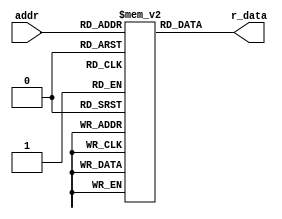
module uP_ROM
  #(
    parameter DATA_MAX_WIDTH = 29,
    parameter ADDR_WIDTH = 8
  ) (
    input wire [ADDR_WIDTH-1:0] addr,
    output wire [DATA_MAX_WIDTH-1:0] r_data
  );

  reg [DATA_MAX_WIDTH-1:0] u_ROM [0:2**ADDR_WIDTH-1];

  assign r_data = u_ROM[addr];

  initial begin
    //FETCH
    u_ROM[0] = 29'b00000010000001000000010110100;
    u_ROM[1] = 29'b00000000000001000000010000000;
    u_ROM[2] = 29'b01100000000010100000010000000;
    u_ROM[3] = 29'b00000000000000010001011000000;
    u_ROM[4] = 29'b00000000000000101000010000000;
    u_ROM[5] = 29'b01100010000010000011111000000;
    u_ROM[6] = 29'b00000000000000000000000000000;
    u_ROM[7] = 29'b00000000000000000000000000000;
	 //MOV A,ACC
	 u_ROM[8]  = 29'b10000011101110000001111000000;
    u_ROM[9]  = 29'b00000000000000000000000000000;
    u_ROM[10] = 29'b00000000000000000000000000000;
    u_ROM[11] = 29'b00000000000000000000000000000;
    u_ROM[12] = 29'b00000000000000000000000000000;
    u_ROM[13] = 29'b00000000000000000000000000000;
    u_ROM[14] = 29'b00000000000000000000000000000;
    u_ROM[15] = 29'b00000000000000000000000000000;
	 //MOV ACC,A
	 u_ROM[16] = 29'b10000001111110000001111000000;
    u_ROM[17] = 29'b00000000000000000000000000000;
    u_ROM[18] = 29'b00000000000000000000000000000;
    u_ROM[19] = 29'b00000000000000000000000000000;
    u_ROM[20] = 29'b00000000000000000000000000000;
    u_ROM[21] = 29'b00000000000000000000000000000;
    u_ROM[22] = 29'b00000000000000000000000000000;
    u_ROM[23] = 29'b00000000000000000000000000000;
	 //MOV ACC,CTE
	 u_ROM[24] = 29'b00000000000001000000010000000;
    u_ROM[25] = 29'b01100000000010100000010000000;
    u_ROM[26] = 29'b00000000011110010001111000000;
    u_ROM[27] = 29'b00000000000000000000000000000;
    u_ROM[28] = 29'b00000000000000000000000000000;
    u_ROM[29] = 29'b00000000000000000000000000000;
    u_ROM[30] = 29'b00000000000000000000000000000;
    u_ROM[31] = 29'b00000000000000000000000000000;
	 //MOV ACC,[DPTR]
	 u_ROM[32] = 29'b00000001000001000000010000000;
    u_ROM[33] = 29'b00000000000000110000010000000;
    u_ROM[34] = 29'b00000000011110010001111000000;
    u_ROM[35] = 29'b00000000000000000000000000000;
    u_ROM[36] = 29'b00000000000000000000000000000;
    u_ROM[37] = 29'b00000000000000000000000000000;
    u_ROM[38] = 29'b00000000000000000000000000000;
    u_ROM[39] = 29'b00000000000000000000000000000;
	 //MOV DPTR,ACC
	 u_ROM[40] = 29'b10000011101010000001111000000;
    u_ROM[41] = 29'b00000000000000000000000000000;
    u_ROM[42] = 29'b00000000000000000000000000000;
    u_ROM[43] = 29'b00000000000000000000000000000;
    u_ROM[44] = 29'b00000000000000000000000000000;
    u_ROM[45] = 29'b00000000000000000000000000000;
    u_ROM[46] = 29'b00000000000000000000000000000;
    u_ROM[47] = 29'b00000000000000000000000000000;
	 //MOV [DPTR],ACC
	 u_ROM[48] = 29'b00000001000001000000010000000;
    u_ROM[49] = 29'b10000011100000100000010000000;
    u_ROM[50] = 29'b00000000000000000011111000000;
    u_ROM[51] = 29'b00000000000000000000000000000;
    u_ROM[52] = 29'b00000000000000000000000000000;
    u_ROM[53] = 29'b00000000000000000000000000000;
    u_ROM[54] = 29'b00000000000000000000000000000;
    u_ROM[55] = 29'b00000000000000000000000000000;
	 //INV ACC
	 u_ROM[56] = 29'b10010011111110000001111000000;
    u_ROM[57] = 29'b00000000000000000000000000000;
    u_ROM[58] = 29'b00000000000000000000000000000;
    u_ROM[59] = 29'b00000000000000000000000000000;
    u_ROM[60] = 29'b00000000000000000000000000000;
    u_ROM[61] = 29'b00000000000000000000000000000;
    u_ROM[62] = 29'b00000000000000000000000000000;
    u_ROM[63] = 29'b00000000000000000000000000000;
	 //AND ACC,A
	 u_ROM[64] = 29'b10100001111110000001111000000;
    u_ROM[65] = 29'b00000000000000000000000000000;
    u_ROM[66] = 29'b00000000000000000000000000000;
    u_ROM[67] = 29'b00000000000000000000000000000;
    u_ROM[68] = 29'b00000000000000000000000000000;
    u_ROM[69] = 29'b00000000000000000000000000000;
    u_ROM[70] = 29'b00000000000000000000000000000;
    u_ROM[71] = 29'b00000000000000000000000000000;
	 //ADD ACC,A
	 u_ROM[72] = 29'b11010001111110000001111000000;
    u_ROM[73] = 29'b00000000000000000000000000000;
    u_ROM[74] = 29'b00000000000000000000000000000;
    u_ROM[75] = 29'b00000000000000000000000000000;
    u_ROM[76] = 29'b00000000000000000000000000000;
    u_ROM[77] = 29'b00000000000000000000000000000;
    u_ROM[78] = 29'b00000000000000000000000000000;
    u_ROM[79] = 29'b00000000000000000000000000000;
	 //JMP DIR
	 u_ROM[80] = 29'b00000000000001000000010000000;
    u_ROM[81] = 29'b00000000000000110000010000000;
    u_ROM[82] = 29'b00000000000010010001111000000;
    u_ROM[83] = 29'b00000000000000000000000000000;
    u_ROM[84] = 29'b00000000000000000000000000000;
    u_ROM[85] = 29'b00000000000000000000000000000;
    u_ROM[86] = 29'b00000000000000000000000000000;
    u_ROM[87] = 29'b00000000000000000000000000000;
	//JZ DIR
	 u_ROM[88] = 29'b00000000000001000000010010010;
    u_ROM[89] = 29'b01100000000010000001111000000;
    u_ROM[90] = 29'b00000000000000110000010000000;
    u_ROM[91] = 29'b00000000000010010001111000000;
    u_ROM[92] = 29'b00000000000000000000000000000;
    u_ROM[93] = 29'b00000000000000000000000000000;
    u_ROM[94] = 29'b00000000000000000000000000000;
    u_ROM[95] = 29'b00000000000000000000000000000;
	//JN DIR
	 u_ROM[96]  = 29'b00000000000001000000010011010;
    u_ROM[97]  = 29'b01100000000010000001111000000;
    u_ROM[98]  = 29'b00000000000000110000010000000;
    u_ROM[99]  = 29'b00000000000010010001111000000;
    u_ROM[100] = 29'b00000000000000000000000000000;
    u_ROM[101] = 29'b00000000000000000000000000000;
    u_ROM[102] = 29'b00000000000000000000000000000;
    u_ROM[103] = 29'b00000000000000000000000000000;
	//JC DIR
	 u_ROM[96]  = 29'b00000000000001000000010100010;
    u_ROM[97]  = 29'b01100000000010000001111000000;
    u_ROM[98]  = 29'b00000000000000110000010000000;
    u_ROM[99]  = 29'b00000000000010010001111000000;
    u_ROM[100] = 29'b00000000000000000000000000000;
    u_ROM[101] = 29'b00000000000000000000000000000;
    u_ROM[102] = 29'b00000000000000000000000000000;
    u_ROM[103] = 29'b00000000000000000000000000000;
	//SLL ACC
	 u_ROM[160] = 29'b10001011111110000001111000000;
    u_ROM[161] = 29'b00000000000000000000000000000;
    u_ROM[162] = 29'b00000000000000000000000000000;
    u_ROM[163] = 29'b00000000000000000000000000000;
    u_ROM[164] = 29'b00000000000000000000000000000;
    u_ROM[165] = 29'b00000000000000000000000000000;
    u_ROM[166] = 29'b00000000000000000000000000000;
    u_ROM[167] = 29'b00000000000000000000000000000;
	 //HALT
	 u_ROM[248] = 29'b00000000000000000000001000000;
    u_ROM[249] = 29'b00000000000000000000000000000;
    u_ROM[250] = 29'b00000000000000000000000000000;
    u_ROM[251] = 29'b00000000000000000000000000000;
    u_ROM[252] = 29'b00000000000000000000000000000;
    u_ROM[253] = 29'b00000000000000000000000000000;
    u_ROM[254] = 29'b00000000000000000000000000000;
    u_ROM[255] = 29'b00000000000000000000000000000;	 
  end

endmodule